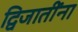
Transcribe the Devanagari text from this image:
द्विजातींना